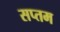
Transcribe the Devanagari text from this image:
सप्‍तम